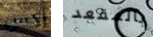
أكس بالمقعد